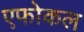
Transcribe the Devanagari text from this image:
एफोकल